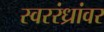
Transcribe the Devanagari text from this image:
स्वररंध्रांवर